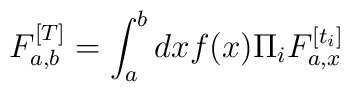
F^{[T]}_{a,b}=\int_a^b dx f(x) \Pi_iF^{[t_i]}_{a,x}